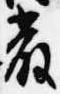
厳